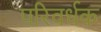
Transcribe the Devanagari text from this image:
परिवर्धक